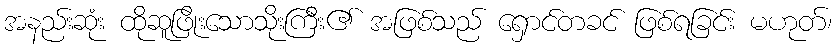
အနည်းဆုံး ထိုဆူဖြိုးသောသိုးကြီး၏ အဖြစ်သည် ရှောင်တခင် ဖြစ်ရခြင်း မဟုတ်၊